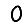
Digit: 0